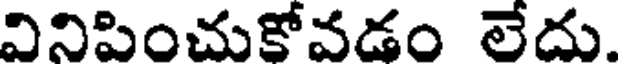
వినిపించుకోవడం లేదు.